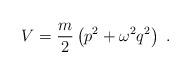
LaTeX: \begin{align*} V={m\over 2} \left( p^2 + \omega^2 q^2\right)\;.\end{align*}